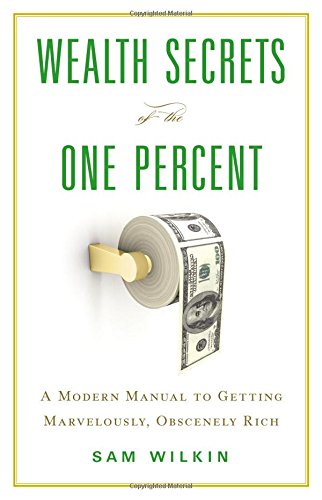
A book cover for Wealth Secrets of the One Percent: A Modern Manual to Getting Marvelously, Obscenely Rich; Sam Wilkin; Business & Money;